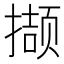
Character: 撷